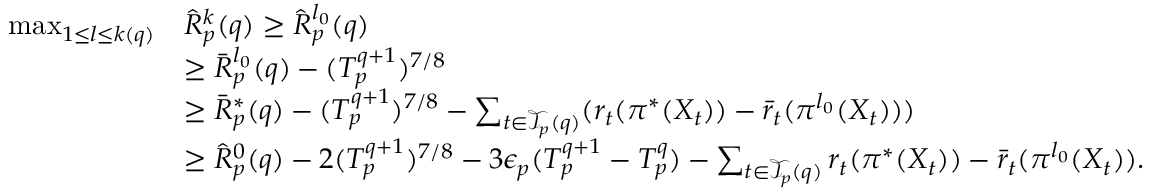
\begin{array} { r l } { \operatorname* { m a x } _ { 1 \leq l \leq k ( q ) } } & { \hat { R } _ { p } ^ { k } ( q ) \geq \hat { R } _ { p } ^ { l _ { 0 } } ( q ) } \\ & { \geq \bar { R } _ { p } ^ { l _ { 0 } } ( q ) - ( T _ { p } ^ { q + 1 } ) ^ { 7 / 8 } } \\ & { \geq \bar { R } _ { p } ^ { * } ( q ) - ( T _ { p } ^ { q + 1 } ) ^ { 7 / 8 } - \sum _ { t \in \mathcal { T } _ { p } ( q ) } ( r _ { t } ( \pi ^ { * } ( X _ { t } ) ) - \bar { r } _ { t } ( \pi ^ { l _ { 0 } } ( X _ { t } ) ) ) } \\ & { \geq \hat { R } _ { p } ^ { 0 } ( q ) - 2 ( T _ { p } ^ { q + 1 } ) ^ { 7 / 8 } - 3 \epsilon _ { p } ( T _ { p } ^ { q + 1 } - T _ { p } ^ { q } ) - \sum _ { t \in \mathcal { T } _ { p } ( q ) } r _ { t } ( \pi ^ { * } ( X _ { t } ) ) - \bar { r } _ { t } ( \pi ^ { l _ { 0 } } ( X _ { t } ) ) . } \end{array}